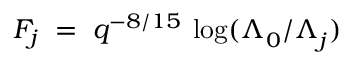
F _ { j } \; = \; q ^ { - 8 / 1 5 } \: \log ( \Lambda _ { 0 } ^ { } / \Lambda _ { j } ^ { } )